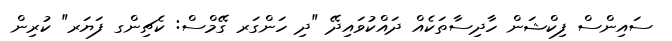
ސައިންސް ފިކްޝަން ހާދިސާތަކެއް ދައްކުވައިދޭ "ދި ހަންގަރ ގޭމްސް: ކެޗިންގ ފަޔަރ" ކުރިން